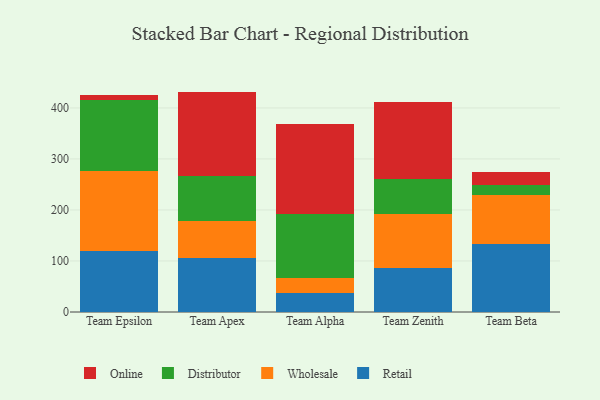
{"axis": {"x": "Team", "y": "Revenue (USD Million)"}, "legend": ["Distributor", "Online", "Retail", "Wholesale"], "data": [{"x": "Team Epsilon", "y": 119.1, "type": "Retail"}, {"x": "Team Epsilon", "y": 156.5, "type": "Wholesale"}, {"x": "Team Epsilon", "y": 139.5, "type": "Distributor"}, {"x": "Team Epsilon", "y": 10.6, "type": "Online"}, {"x": "Team Apex", "y": 105.0, "type": "Retail"}, {"x": "Team Apex", "y": 74.3, "type": "Wholesale"}, {"x": "Team Apex", "y": 87.2, "type": "Distributor"}, {"x": "Team Apex", "y": 165.5, "type": "Online"}, {"x": "Team Alpha", "y": 37.9, "type": "Retail"}, {"x": "Team Alpha", "y": 29.5, "type": "Wholesale"}, {"x": "Team Alpha", "y": 124.2, "type": "Distributor"}, {"x": "Team Alpha", "y": 177.6, "type": "Online"}, {"x": "Team Zenith", "y": 85.4, "type": "Retail"}, {"x": "Team Zenith", "y": 107.5, "type": "Wholesale"}, {"x": "Team Zenith", "y": 67.7, "type": "Distributor"}, {"x": "Team Zenith", "y": 150.9, "type": "Online"}, {"x": "Team Beta", "y": 133.1, "type": "Retail"}, {"x": "Team Beta", "y": 96.9, "type": "Wholesale"}, {"x": "Team Beta", "y": 19.0, "type": "Distributor"}, {"x": "Team Beta", "y": 25.2, "type": "Online"}]}